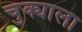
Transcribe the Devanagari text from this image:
चुक्याला